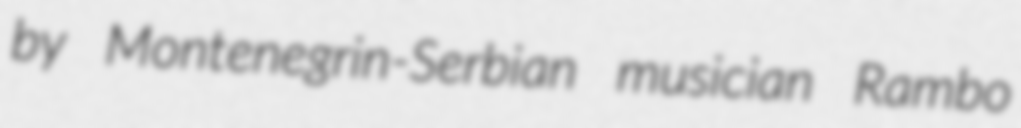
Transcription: by Montenegrin-Serbian musician Rambo